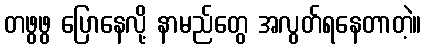
တဖွဖွ ပြောနေလို့ နာမည်တွေ အလွတ်ရနေတာတဲ့။